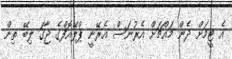
އެ ޓީމަށް ދެން މައްޗަށް އެރުނަސް އެރޭނީ ޕްލޭއޮފްގެ ޖާގަ ލިބޭ ތިން